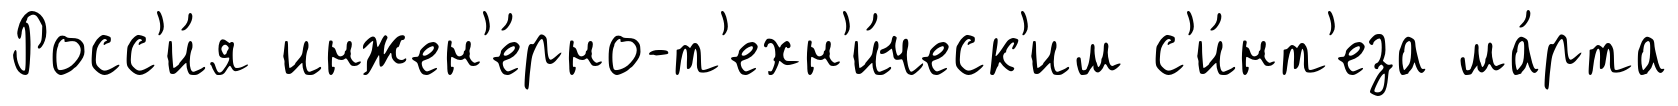
Росс'и́я инжен'е́рно-т'ехн'и́ческ'им с'и́нт'еза ма́рта